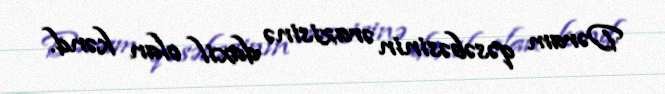
Dəram qəsəbəsinin ərazisinə daxil olan kənd.